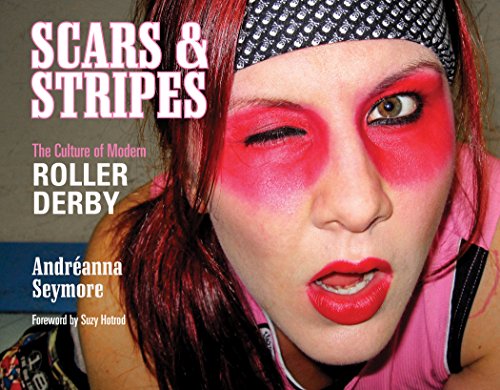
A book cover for Scars & Stripes: The Culture of Modern Roller Derby; AndrÃ©anna Seymore; Sports & Outdoors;